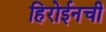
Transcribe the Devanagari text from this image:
हिरोईनची